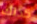
كذلك